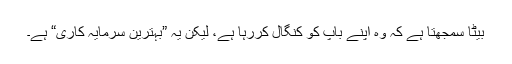
بیٹا سمجھتا ہے کہ وہ اپنے باپ کو کنگال کررہا ہے، لیکن یہ ”بہترین سرمایہ کاری“ ہے۔